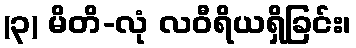
(၃) မိတိ-လုံ လဝီရိယရှိခြင်း၊